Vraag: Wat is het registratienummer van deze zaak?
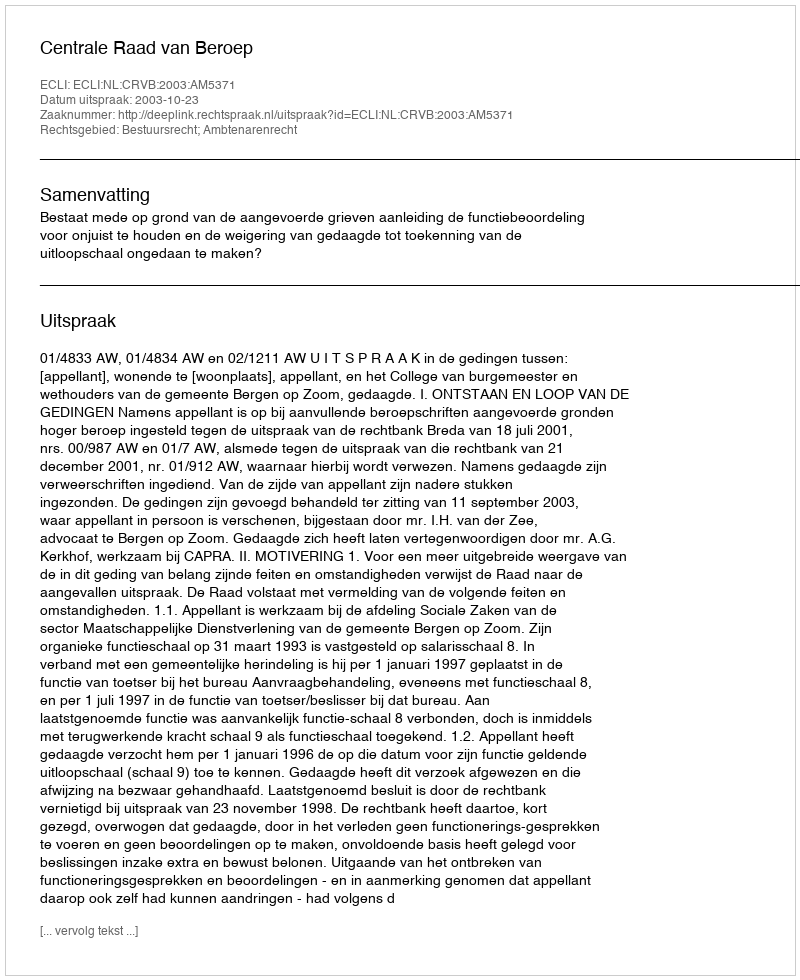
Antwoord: http://deeplink.rechtspraak.nl/uitspraak?id=ECLI:NL:CRVB:2003:AM5371